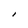
Character: I